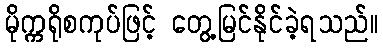
မိုက္ကရိုစကုပ်ဖြင့် တွေ့မြင်နိုင်ခဲ့ရသည်။